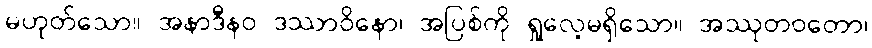
မဟုတ်သော။ အနာဒီနဝ ဒဿာဝိနော၊ အပြစ်ကို ရှုလေ့မရှိသော။ အဿုတဝတော၊